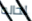
لحاله